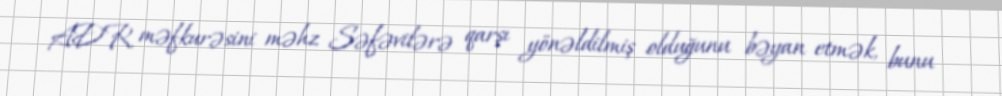
ADR məfkurəsini məhz Səfəvilərə qarşı yönəldilmiş olduğunu bəyan etmək, bunu